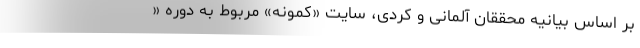
بر اساس بیانیه محققان آلمانی و کردی، سایت «کمونه» مربوط به دوره «